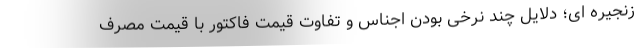
زنجیره ای؛ دلایل چند نرخی بودن اجناس و تفاوت قیمت فاکتور با قیمت مصرف